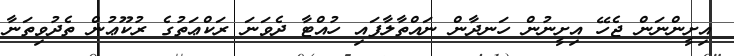
އިށީންނަން ޖެހޭ އިށީނުން ހަނދާން ނައްތާލާފައި ހުއްޓާ ދެވަނަ ރަކްޢަތުގެ ރުކޫޢުން ތެދުވިތަނާ